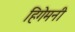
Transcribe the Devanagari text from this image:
हिगेमनी